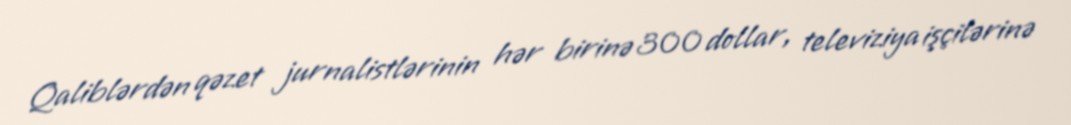
Qaliblərdən qəzet jurnalistlərinin hər birinə 300 dollar, televiziya işçilərinə